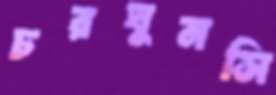
চরঘুনসি